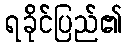
ရခိုင်ပြည်၏